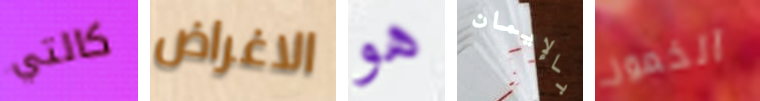
كالتي الاغراض هو بالإيمان الخمور